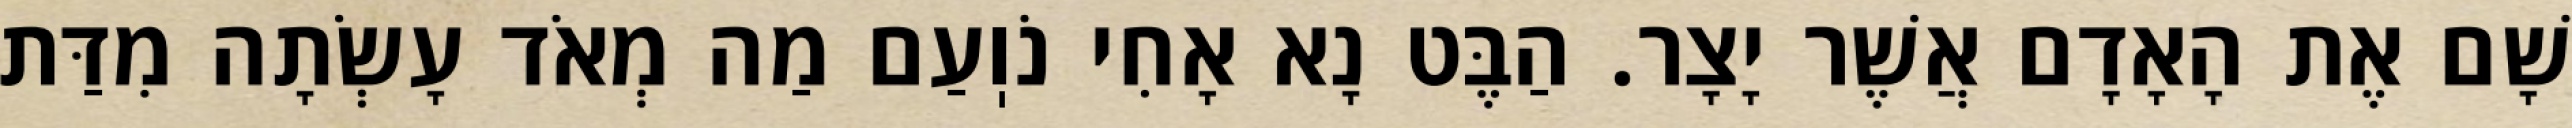
שָׁם אֶת הָאָדָם אֲשֶׁר יָצָר. הַבֶּט נָא אָחִי נֹוֽעַם מַה מְאֹד עָשְׂתָה מִדַּת